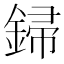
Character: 𨧪